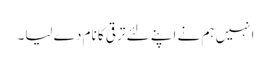
انہیں ہم نے اپنے لئے ترقی کا نام دے لیا۔